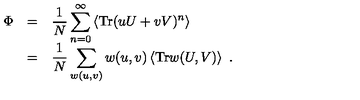
\begin{array} { r c l } { \Phi } & { = } & { \displaystyle \frac { 1 } { N } \sum _ { n = 0 } ^ { \infty } \left\langle \mathrm { T r } ( u U + v V ) ^ { n } \right\rangle } \\ { } & { = } & { \displaystyle \frac { 1 } { N } \sum _ { w ( u , v ) } w ( u , v ) \left\langle \mathrm { T r } w ( U , V ) \right\rangle \ . } \\ \end{array}